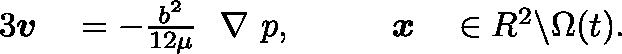
\begin{array} { r l r l } { { 3 } \boldsymbol { v } } & { { } = - \frac { b ^ { 2 } } { 1 2 \mu } \mathrm { ~ \boldmath ~ \nabla ~ } p , \qquad } & { \boldsymbol { x } } & { { } \in \mathbb { R } ^ { 2 } \backslash \Omega ( t ) . } \end{array}